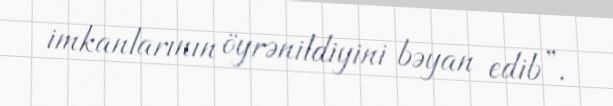
imkanlarının öyrənildiyini bəyan edib”.